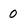
Character: 0